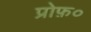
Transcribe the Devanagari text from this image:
प्रोफ़०